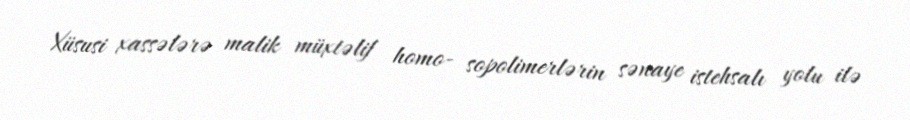
Xüsusi xassələrə malik müxtəlif homo- sopolimerlərin sənaye istehsalı yolu ilə